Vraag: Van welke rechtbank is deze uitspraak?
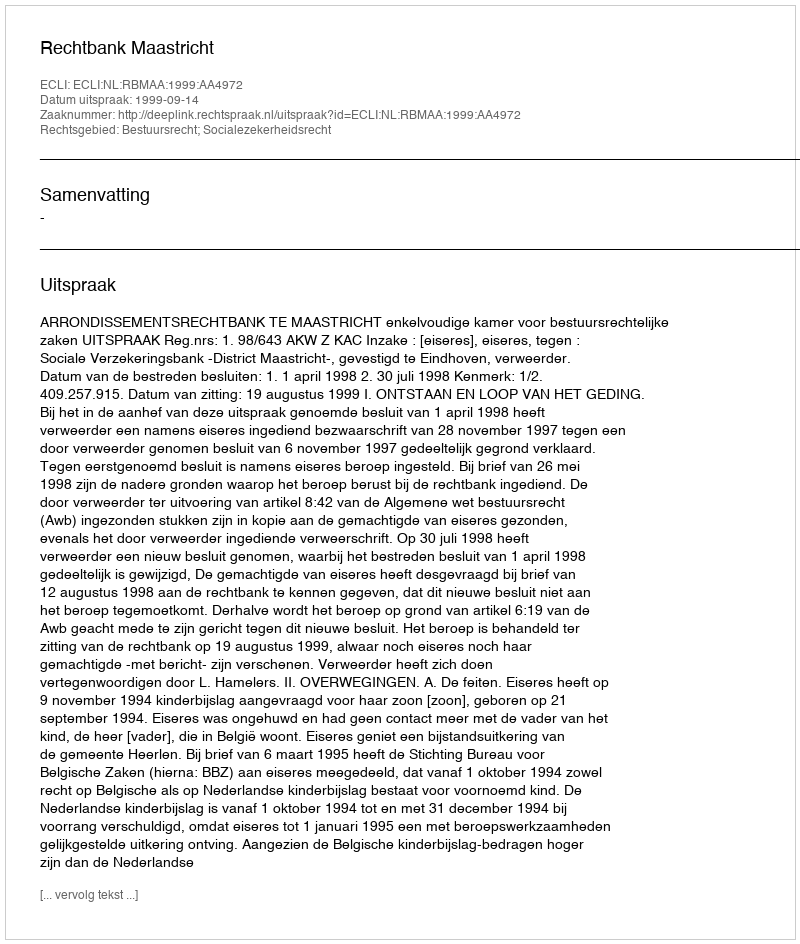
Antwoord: Rechtbank Maastricht